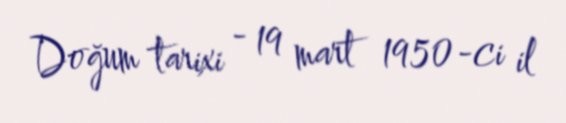
Doğum tarixi - 19 mart 1950-ci il